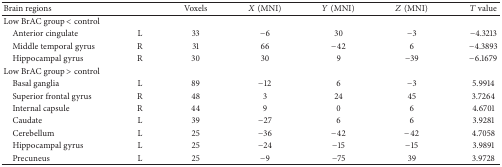
<table><thead><tr><td><b>Brain regions</b></td><td><b> </b></td><td><b>Voxels</b></td><td><b><i>X</i> (MNI)</b></td><td><b><i>Y</i> (MNI)</b></td><td><b><i>Z</i> (MNI)</b></td><td><b><i>T</i> value</b></td></tr></thead><tbody><tr><td>Low BrAC group &lt; control </td><td> </td><td> </td><td> </td><td> </td><td> </td><td> </td></tr><tr><td> Anterior cingulate</td><td>L</td><td>33</td><td>−6</td><td>30</td><td>−3</td><td>−4.3213</td></tr><tr><td> Middle temporal gyrus</td><td>R</td><td>31</td><td>66</td><td>−42</td><td>6</td><td>−4.3893</td></tr><tr><td> Hippocampal gyrus</td><td>R</td><td>30</td><td>30</td><td>9</td><td>−39</td><td>−6.1679</td></tr><tr><td>Low BrAC group &gt; control</td><td> </td><td> </td><td> </td><td> </td><td> </td><td> </td></tr><tr><td> Basal ganglia</td><td>L</td><td>89</td><td>−12</td><td>6</td><td>−3</td><td>5.9914</td></tr><tr><td> Superior frontal gyrus</td><td>R</td><td>48</td><td>3</td><td>24</td><td>45</td><td>3.7264</td></tr><tr><td> Internal capsule</td><td>R</td><td>44</td><td>9</td><td>0</td><td>6</td><td>4.6701</td></tr><tr><td> Caudate</td><td>L</td><td>39</td><td>−27</td><td>6</td><td>6</td><td>3.9281</td></tr><tr><td> Cerebellum </td><td>L</td><td>25</td><td>−36</td><td>−42</td><td>−42</td><td>4.7058</td></tr><tr><td> Hippocampal gyrus</td><td>L</td><td>25</td><td>−24</td><td>−15</td><td>−15</td><td>3.9891</td></tr><tr><td> Precuneus</td><td>L</td><td>25</td><td>−9</td><td>−75</td><td>39</td><td>3.9728</td></tr></tbody></table>